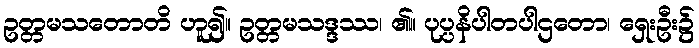
ဥတ္တမသတောတိ ဟူ၍။ ဥတ္တမသဒ္ဒဿ၊ ၏။ ပုပ္ပနိပါတပါဌတော၊ ရှေးဦး၌